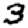
Digit: 3